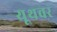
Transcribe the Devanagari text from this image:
यूथचर